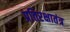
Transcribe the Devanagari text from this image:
प्रतिरक्षातंत्र